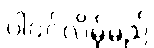
ပါဝင်လိမ့်မည်